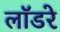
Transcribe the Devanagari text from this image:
लॉडरे